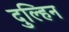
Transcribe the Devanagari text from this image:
दुल्हिन